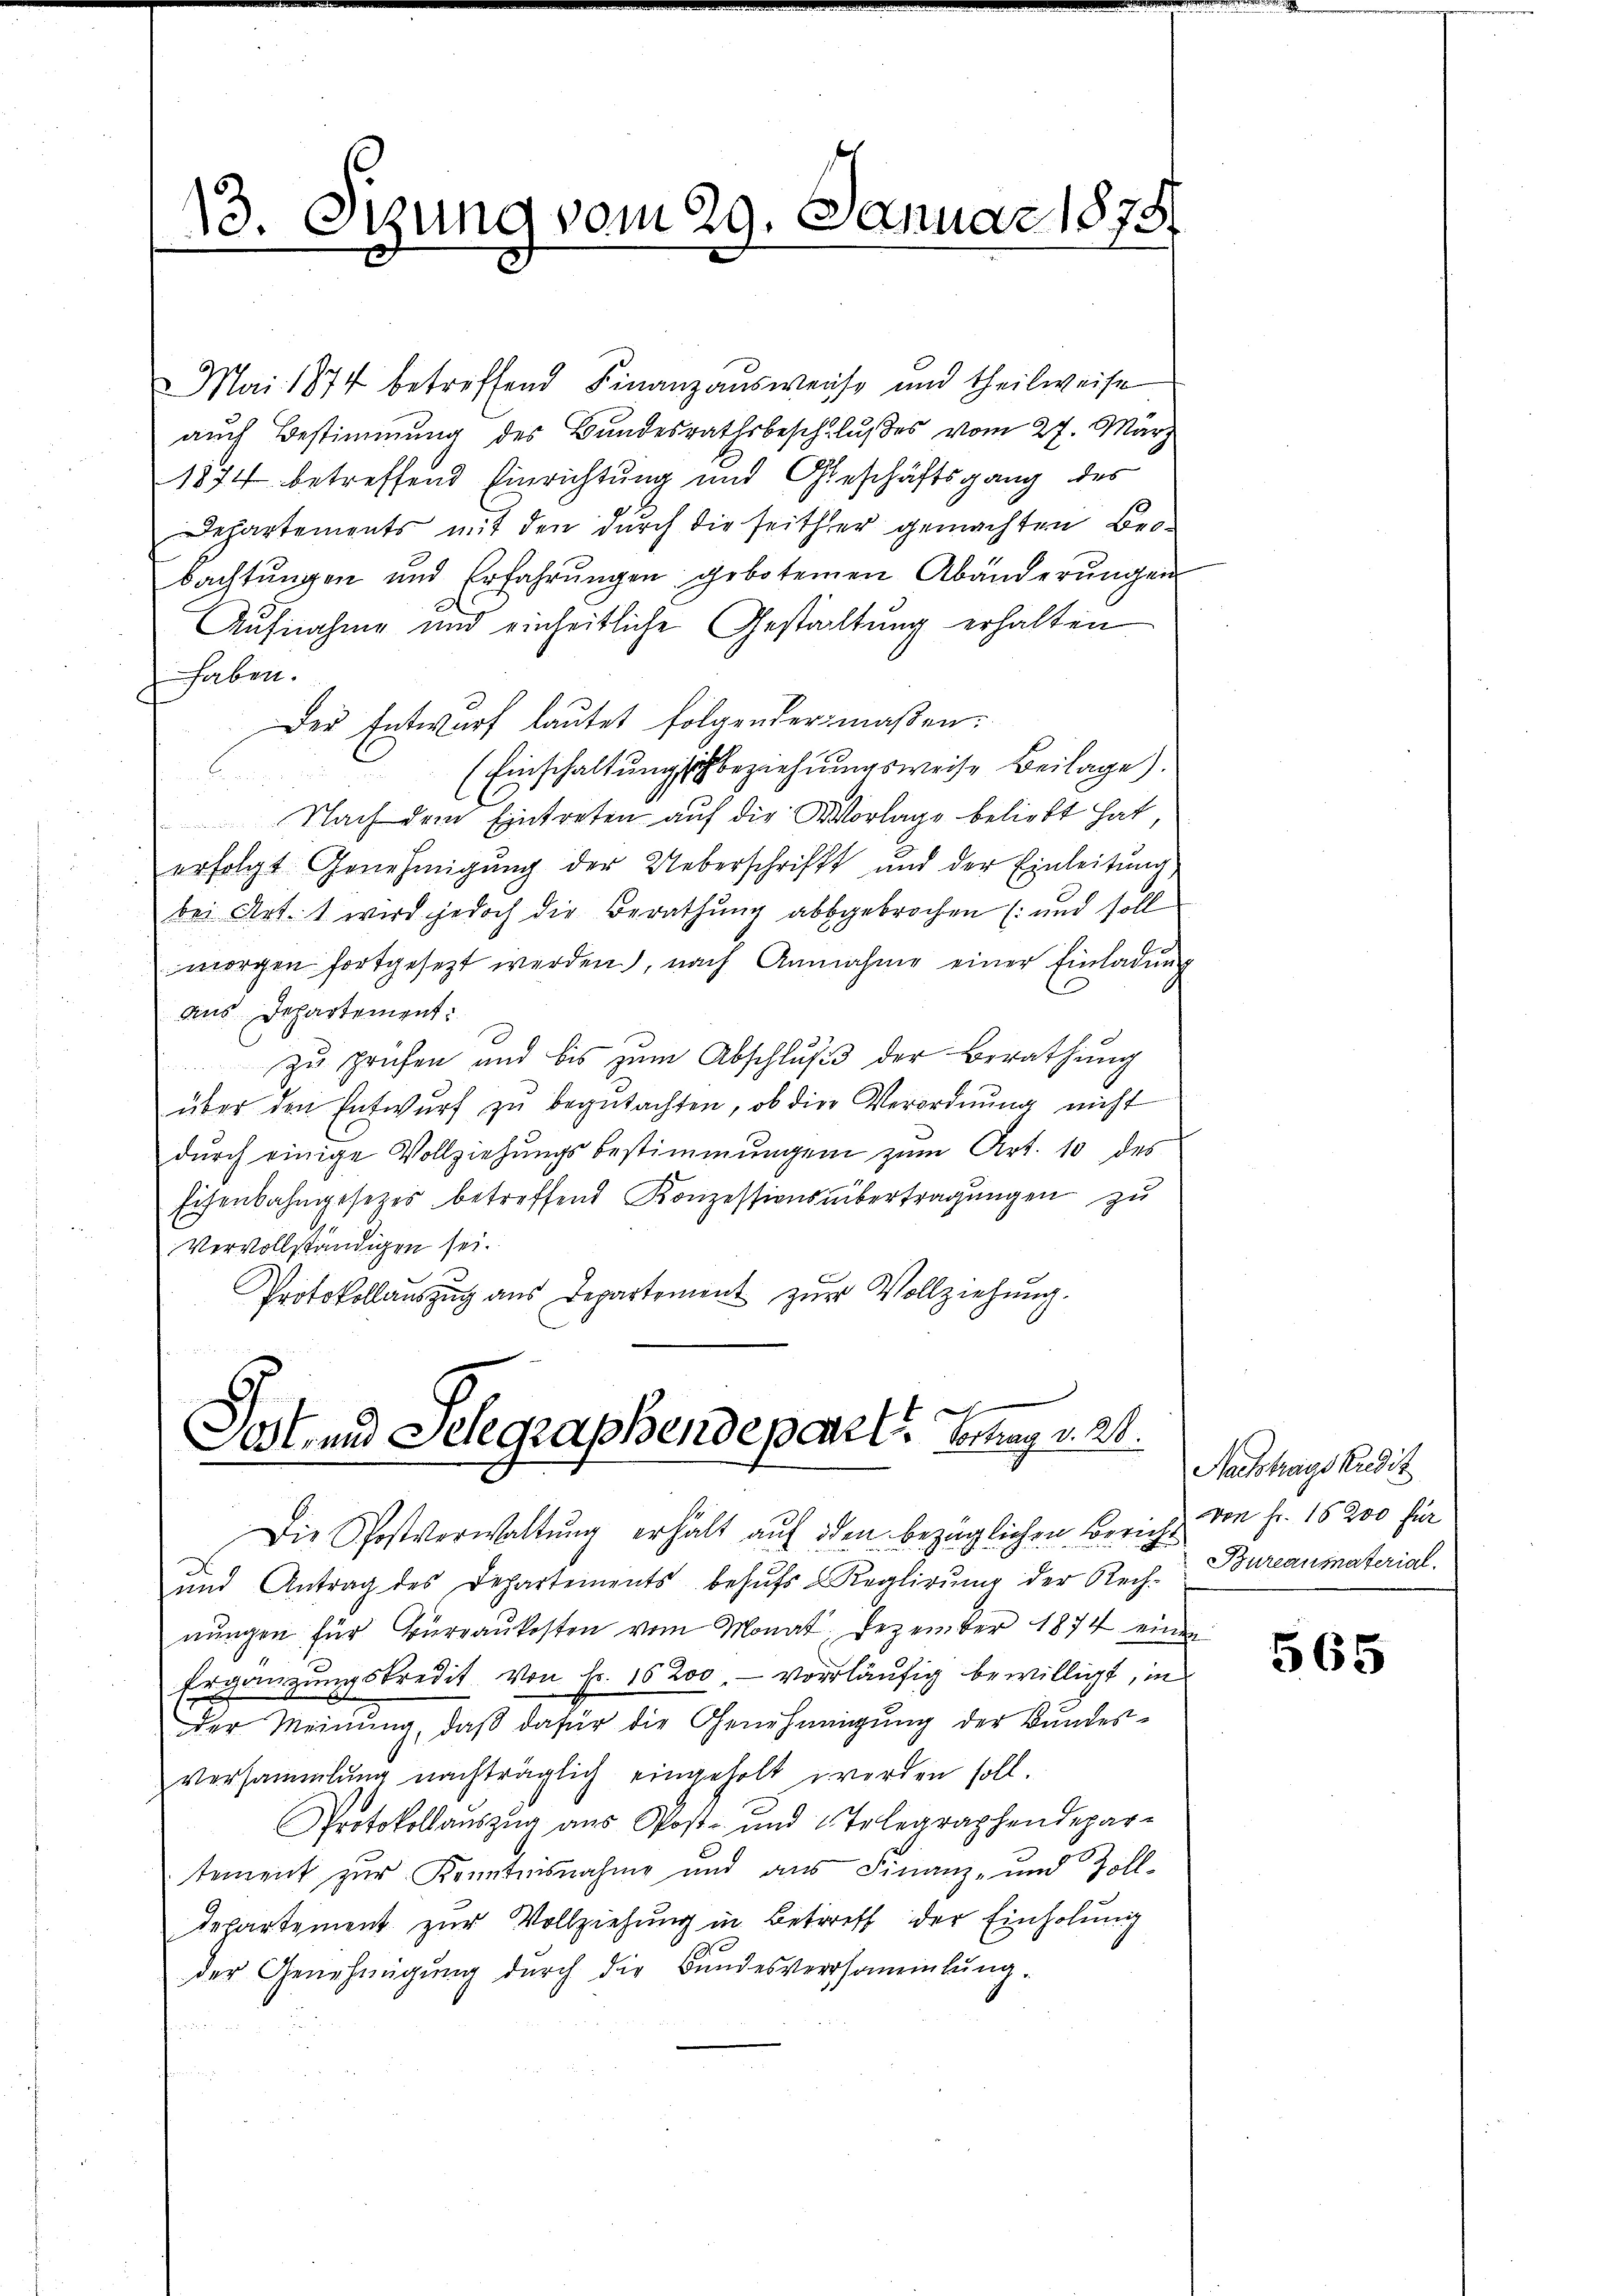
13. Ozung vom 29. Januar 1878

Mai 1874 betreffend Finanzausweise und theilweise
auch Bestimmung des Bundesrathsbeschlußes vom 27. März
1874 betreffend Einrichtung und Geschäftsgang des
Departements mit den durch die seither gemachten Bebachtŭngen und Erfahrŭngen gebotenen Abänderŭngen
Aufnahme und einheitliche Gestaltung erhalten
haben.
Der Entwurf lautet folgendermaßen.
(Einschaltung sich beziehungsweise Beilage).
Nach dem Eintreten auf die Worlage beliebt hat,
erfolgt Genehmigung der Ueberschrift und der Einleitung
bei Art. 1 wird jedoch die Berathung abbgebrochen (und soll
morgen fortgesetzt werden, nach Annahme einer Einladung
aus Departement:
zu prüfen und bis zum Abschluß der Berathung
über den Entwŭrf zŭ begŭtachten, ob die Verordnŭng nicht
dŭrch einige Vollziehŭngsbestimmungen zŭm Art. 10 des
Eisenbahngesetzes betreffend Konzessionsbertragungen zu
Vervollständigen sei.
Protokollauszug aus Departement zŭr Vollziehung.

Sost- und Selegraphendepaar l. Betrag v. 21.

Die Postverwaltung erhält auf den bezüglichen Bericht
und Antrag des Departements behŭfs Reglirŭng der Rech-
nungen für Büreaukosten vom Monat Dezember 1874 einen
Ergänzungskredit. Von Fr. 16200, vorläufig bewilligt, in
der Meinŭng, daβ dafür die Genehmigŭng der Bundes-
Versammlung nachträglich eingeholt worden soll.
Protokollauszug aus Post- und Telegraphendepar-
tement zur Kenntnisnahme und aus Finanz- und Zoll-
departement zur Vollziehung in Betreff der Einholung
der Genehmigung durch die Bundesversammlung.

Nachtrags Kredit
von Fr. 15200 für
Bureausvaterial.

565